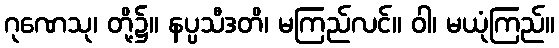
ဂုဏေသု၊ တို့၌။ နပ္ပသီဒတိ၊ မကြည်လင်။ ဝါ၊ မယုံကြည်။